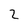
Character: 2